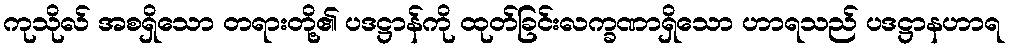
ကုသိုလ် အစရှိသော တရားတို့၏ ပဒဋ္ဌာန်ကို ထုတ်ခြင်းလက္ခဏာရှိသော ဟာရသည် ပဒဋ္ဌာနဟာရ